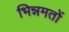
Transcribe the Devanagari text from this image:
भिन्नमतों